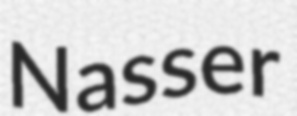
Nasser